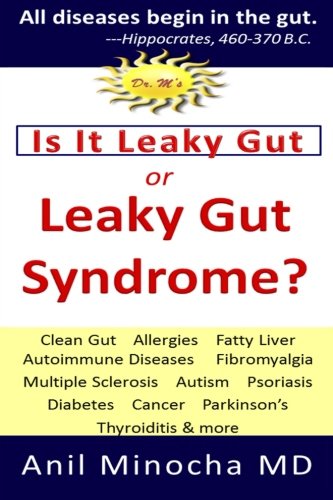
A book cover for Is It Leaky Gut or Leaky Gut Syndrome: Clean Gut,  Allergies,  Fatty Liver,  Autoimmune Diseases,  Fibromyalgia,  Multiple Sclerosis,  Autism, ... &  More (Digestive Wellness) (Volume 2); Anil Minocha; Health, Fitness & Dieting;